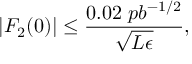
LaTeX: | F _ { 2 } ( 0 ) | \leq { \frac { 0 . 0 2 \; p b ^ { - 1 / 2 } } { \sqrt { L \epsilon } } } ,